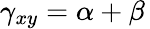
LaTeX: \gamma_{xy}=\alpha+\beta\,